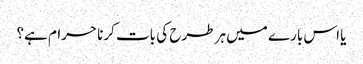
یا اس بارے میں ہر طرح کی بات کرنا حرام ہے؟